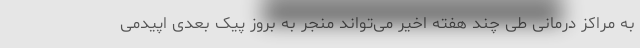
به مراکز درمانی طی چند هفته اخیر می‌تواند منجر به بروز پیک بعدی اپیدمی